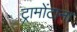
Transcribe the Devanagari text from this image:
ट्रामोंटाना